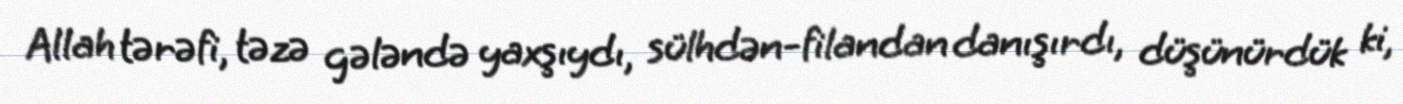
Allah tərəfi, təzə gələndə yaxşıydı, sülhdən-filandan danışırdı, düşünürdük ki,